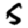
Digit: 5